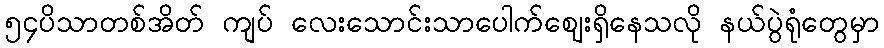
၅၄ပိသာတစ်အိတ် ကျပ် လေးသောင်းသာပေါက်ဈေးရှိနေသလို နယ်ပွဲရုံတွေမှာ